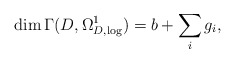
\begin{align*}\dim \Gamma(D, \Omega^1_{D,\log}) = b + \sum_i g_i,\end{align*}